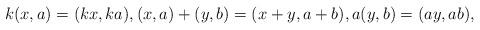
LaTeX: \begin{align*} k(x, a) = (kx, ka), (x, a) + (y, b) = (x + y, a + b), a(y, b) = (ay, ab), \end{align*}